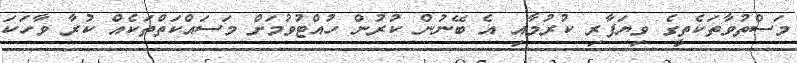
މަސްތުވާތަކެތީގެ ވިޔަފާރި ކުރުމާއި އެ ބޭނުން ކުރުން ހުއްޓުވުމަށް މަސައްކަތްތަކެއް ކުރާ ވާހަކަ